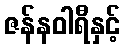
ဇန်နဝါရီနှင့်